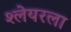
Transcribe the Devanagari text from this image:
श्लेयरला